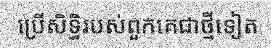
ប្រើសិទ្ធិរបស់ពួកគេជាថ្មីទៀត